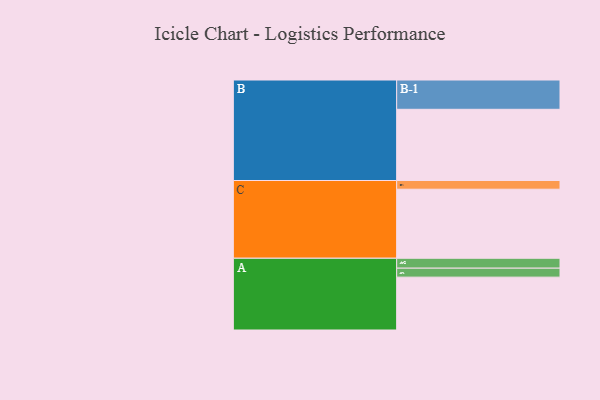
{"axis": {"x": "Segment", "y": "Value"}, "legend": ["", "A", "B", "C"], "data": [{"x": "A", "y": 395, "type": ""}, {"x": "B", "y": 532, "type": ""}, {"x": "C", "y": 516, "type": ""}, {"x": "A-1", "y": 67, "type": "A"}, {"x": "A-2", "y": 74, "type": "A"}, {"x": "B-1", "y": 219, "type": "B"}, {"x": "C-1", "y": 65, "type": "C"}]}